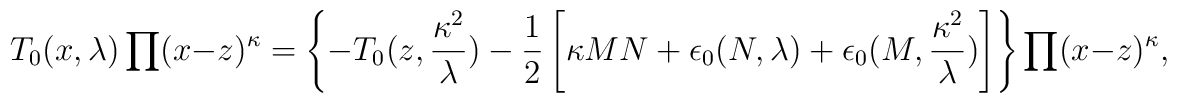
T_{0}(x,\lambda)\prod(x-z)^{\kappa}=	\left\{	-T_{0}(z,\frac{\kappa^{2}}{\lambda})-\frac{1}{2}	\left[	\kappa MN+\epsilon_{0}(N,\lambda)+	\epsilon_{0}(M,\frac{\kappa^{2}}{\lambda})	\right]	\right\}	\prod(x-z)^{\kappa} ,